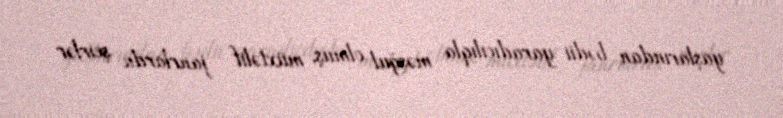
yaşlarından bədii yaradıcılıqla məşğul olmuş, müxtəlif janrlarda şeirlər